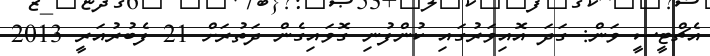
އެޗްޓީސީ ވަން: ގަދަ އޮއިވަރުގައި ކުންފުނި ގޮވައިގެން ދަތުރަށް 21 ފެބުރުއަރީ 2013